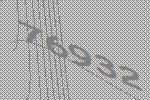
76932